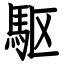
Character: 駆